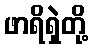
ဖာရိရှဲတို့